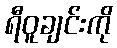
ရီဝူချင်းကို